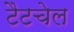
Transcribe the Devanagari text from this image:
टैटचेल